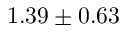
1 . 3 9 \pm 0 . 6 3